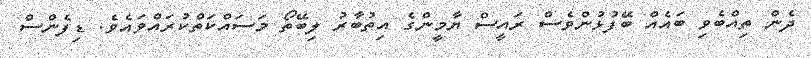
ދެން ތިއްބެވި ބައެއް ބޭފުޅުންވެސް ރައީސް ޔާމީންގެ އިތުބާރު ލިބޭތޯ މަސައްކަތްކުރައްވައެވެ. ޑިފެންސް